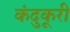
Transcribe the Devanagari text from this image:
कंदुकूरी